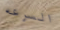
السرعه